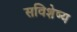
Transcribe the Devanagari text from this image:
सविशेष्य